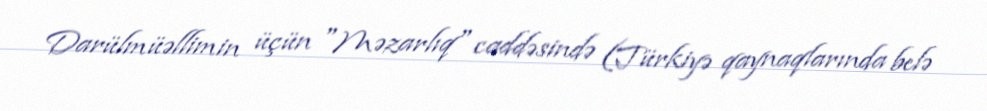
Darülmüəllimin üçün "Məzarlıq" caddəsində (Türkiyə qaynaqlarında belə